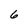
Character: 6